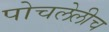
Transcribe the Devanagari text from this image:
पोचलेलीच